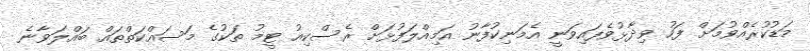
މަޑުކުރެއްވުމަށް ފަހު ވިދާޅުވެފައިވަނީ އެމަނިކުފާނު އަމިއްލަފުޅަށް ރެސްކިއު ޓީމު ތަކުގެ މަސައްކަތްތައް ބައްލަވާނެ